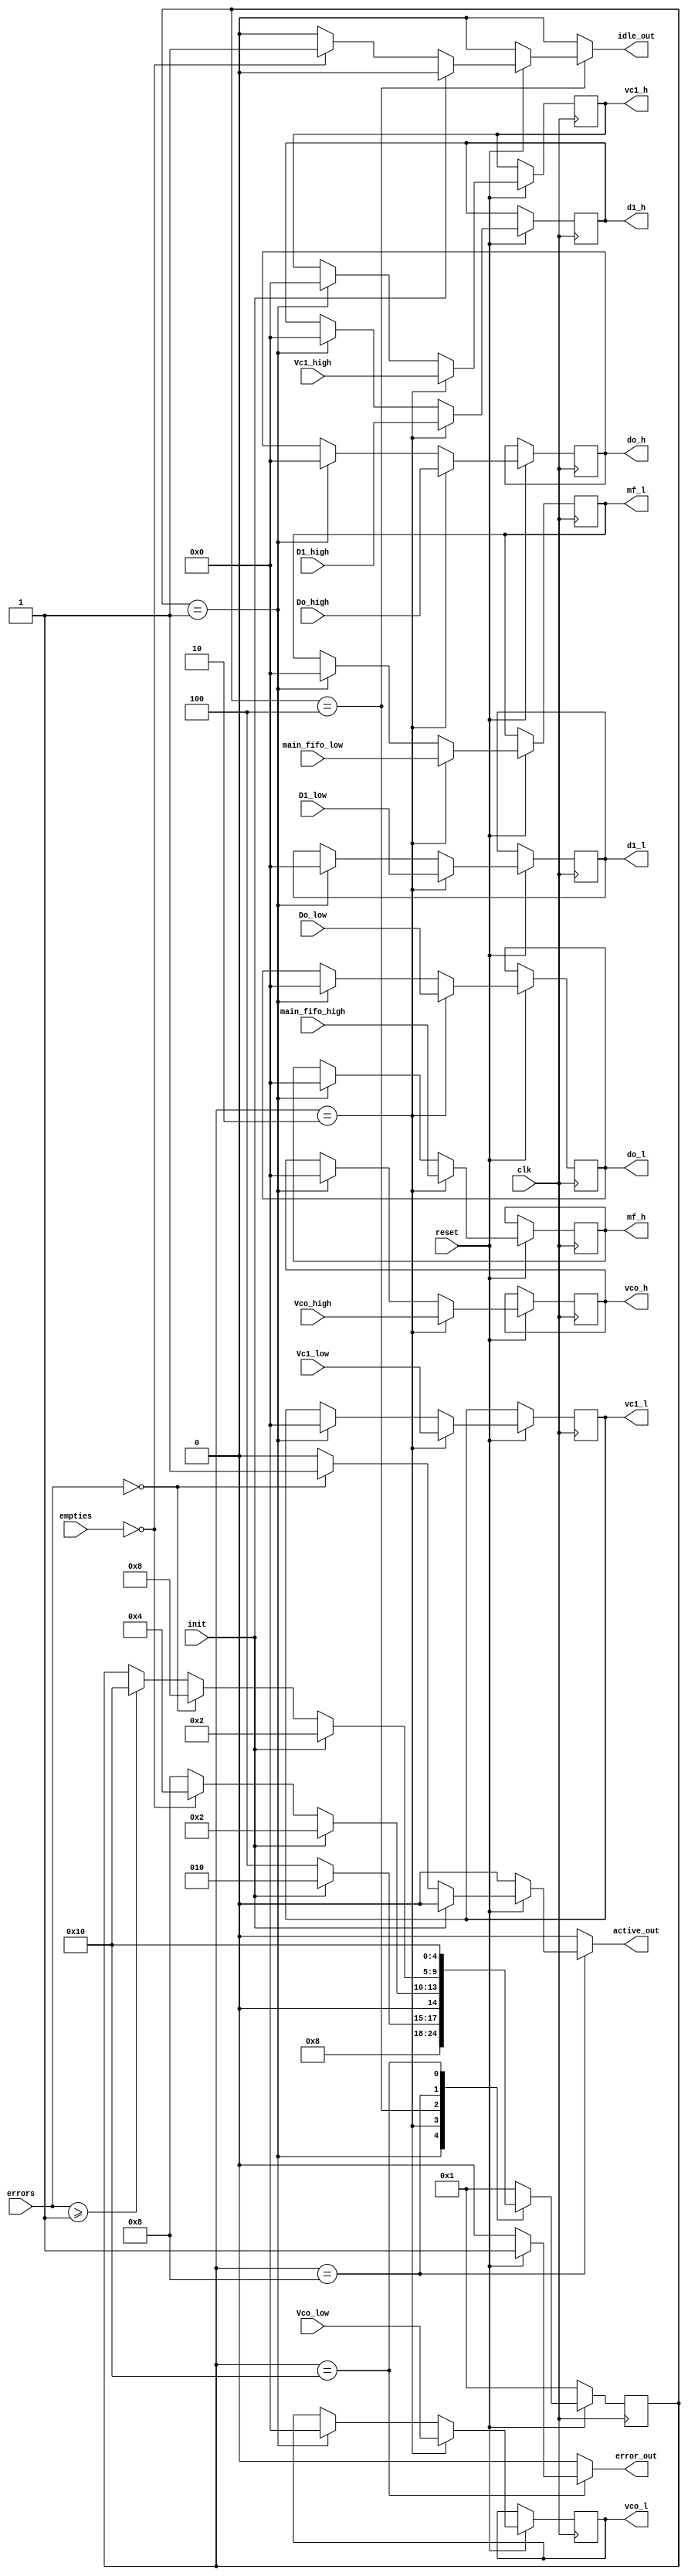
module fsm (
    input clk, 
    input reset, 
    input init,
    input [4:0] main_fifo_low,
    input [4:0] main_fifo_high,
    input [4:0] Vco_low,
    input [4:0] Vco_high,
    input [4:0] Vc1_low, 
    input [4:0] Vc1_high,
    input [4:0] Do_low,
    input [4:0] Do_high,
    input [4:0] D1_low,
    input [4:0] D1_high, 
    input [4:0] empties,
    input [4:0]errors, 
    output reg error_out, 
    output reg active_out, 
    output reg idle_out, 
    output reg  [4:0] mf_l,
    output reg  [4:0] mf_h,
    output reg  [4:0] vco_l,
    output reg  [4:0] vco_h,
    output reg  [4:0] vc1_l,
    output reg  [4:0] vc1_h,
    output reg  [4:0] do_l,
    output reg  [4:0] do_h,
    output reg  [4:0] d1_l,
    output reg  [4:0] d1_h

); 


parameter SIZE = 5;
parameter RESET = 5'b00001; //1
parameter INIT = 5'b00010;  //2
parameter IDLE = 5'b00100;  //4
parameter ACTIVE = 5'b01000; //8
parameter ERROR = 5'b10000; //16

reg [SIZE-1:0]  state;
reg [SIZE-1:0]  next_state;
reg lol;


always @(posedge clk) begin
	if (~reset) begin 
		state <= RESET; 
        lol<=0;
	end else begin 
		state <= next_state;  
        if(state == RESET) begin
            {mf_l,mf_h,vco_l,vco_h,vc1_l,vc1_h,do_l,do_h,d1_l,d1_h} <= 0;

        end
        if(state == INIT) begin
            mf_l <= main_fifo_low;
            mf_h <= main_fifo_high;
            vco_l <= Vco_low;
            vco_h <= Vco_high;
            vc1_l <= Vc1_low;
            vc1_h <= Vc1_high;
            do_l <= Do_low;
            do_h <= Do_high;
            d1_l <= D1_low;
            d1_h <= D1_high;
        end
	end


end

always @(*) begin 
    next_state=state;
    error_out=0; 
    idle_out=0; 
    active_out=0; 

    case(state)
    
        RESET: begin 

            if(reset==1)begin 
                next_state=INIT; 
            end else if(reset==1 && init==1) begin 
                next_state=INIT; 
            end 
        end 


        INIT: begin 
            if(~reset) begin
                next_state = RESET;
            end else begin
                if(init==0) begin 
                    next_state=IDLE; 
                end else begin 
                    next_state=INIT; 
                end 
            end
        end 


        IDLE: begin 
            if(~reset) begin
                next_state = RESET;
            end else begin
                if(init)
                next_state=INIT; 
                else begin
                if(empties==0) begin //si todos empties 
                    idle_out=1;  //esta esperando 
                    next_state=IDLE; 
                end else begin //nada ms espera si no
                    idle_out=0;     
                    next_state=ACTIVE; 
                end

            end   
            end
           
        end 


        ACTIVE: begin 
            if(~reset) begin
                next_state = RESET;
            end else begin
                if (init) begin
                    next_state=INIT;
                end else begin
                    if(errors[4:0]==0)begin 
                        next_state=ACTIVE;
                        active_out=1;     
                    end else if(errors[4:0]>=1) begin 
                        next_state=ERROR;
                        active_out=0; 
                    end
                end
            end   
        end 


        ERROR: begin  
            if(reset==0)begin 
                next_state=RESET;
                error_out=0; 
            end else begin 
                next_state=ERROR;
                error_out=1; 
                end 
        end 

        default: begin
            next_state=RESET; 

        end
        
    endcase   
end 




endmodule